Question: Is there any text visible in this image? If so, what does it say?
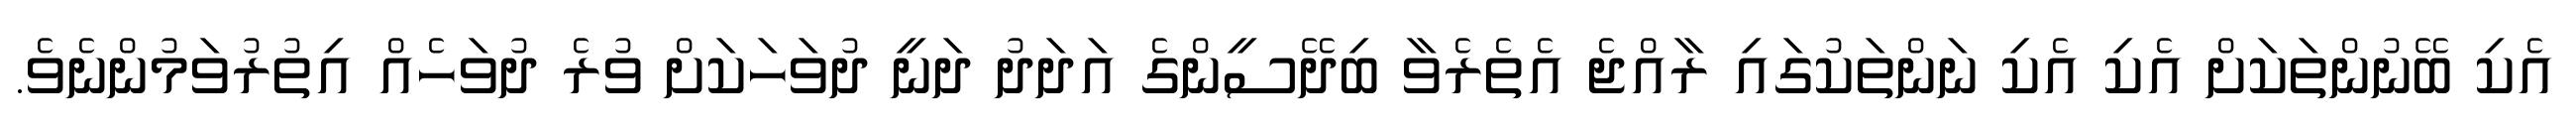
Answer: އެކި ބޭނުންތަކަށް އެކި އެކި ނަންތަކުގައި ރާއްޖެ އެތެރެވާ ބިދޭސީންގެ އަދަދު ދަނީ ދުވަހަކަށް ވުރެ ދުވަހެއް އިތުރުވަމުންނެވެ.